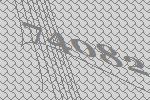
74082